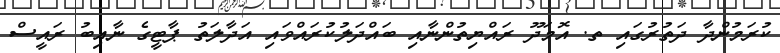
ކުރަމުންދާ ދަތުރުގައި ތ. އޮމަދޫ ރައްޔިތުންނާއި ބައްދަލުކުރައްވައި އަދާލަތު ޕާޓީގެ ނާއިބު ރައީސް